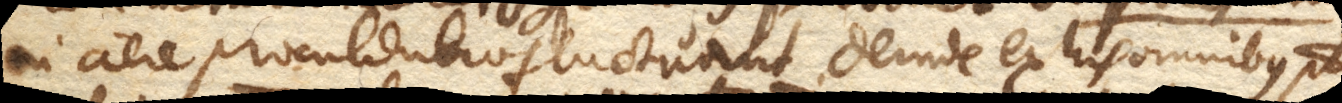
in aere procul dubio fluctuant. Deinde ex his omnibus potest